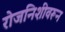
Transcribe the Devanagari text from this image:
रोजनिशीवरून